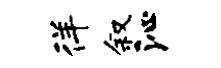
徉叙沁